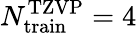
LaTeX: N_{\mathrm{train}}^{\mathrm{TZVP}}=4